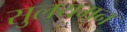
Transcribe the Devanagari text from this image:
सुलयमन